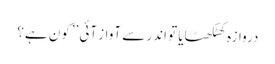
دروازہ کھٹکھٹایا تو اندر سے آواز آئی ’’کون ہے؟